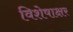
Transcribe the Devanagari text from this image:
विशेषाक्षर